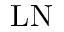
\mathrm { L N }